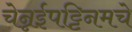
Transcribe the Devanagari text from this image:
चेन्नईपट्टिनमचे